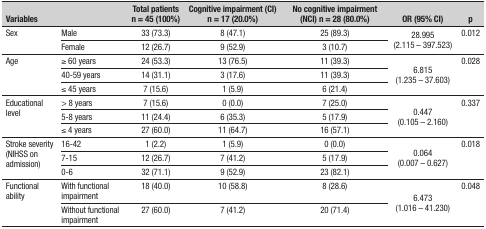
<table><thead><tr><td colspan="2"><b>Variables</b></td><td><b>Total patientsn = 45 (100%)</b></td><td><b>Cognitive impairment (CI)n = 17 (20.0%)</b></td><td><b>No cognitive impairment (NCI) n = 28 (80.0%)</b></td><td><b>OR (95% CI)</b></td><td><b>p</b></td></tr></thead><tbody><tr><td rowspan="2">Sex</td><td>Male</td><td>33 (73.3)</td><td>8 (47.1)</td><td>25 (89.3)</td><td rowspan="2">28.995 (2.115 - 397.523)</td><td rowspan="2">0.012</td></tr><tr><td>Female</td><td>12 (26.7)</td><td>9 (52.9)</td><td>3 (10.7)</td></tr><tr><td rowspan="3">Age</td><td>≥ 60 years</td><td>24 (53.3)</td><td>13 (76.5)</td><td>11 (39.3)</td><td rowspan="3">6.815 (1.235 - 37.603)</td><td rowspan="3">0.028</td></tr><tr><td>40-59 years</td><td>14 (31.1)</td><td>3 (17.6)</td><td>11 (39.3)</td></tr><tr><td>≤ 45 years</td><td>7 (15.6)</td><td>1 (5.9)</td><td>6 (21.4)</td></tr><tr><td rowspan="3">Educationallevel</td><td>&gt; 8 years</td><td>7 (15.6)</td><td>0 (0.0)</td><td>7 (25.0)</td><td rowspan="3">0.447 (0.105 - 2.160)</td><td rowspan="3">0.337</td></tr><tr><td>5-8 years</td><td>11 (24.4)</td><td>6 (35.3)</td><td>5 (17.9)</td></tr><tr><td>≤ 4 years</td><td>27 (60.0)</td><td>11 (64.7)</td><td>16 (57.1)</td></tr><tr><td rowspan="3">Stroke severity (NIHSS onadmission)</td><td>16-42</td><td>1 (2.2)</td><td>1 (5.9)</td><td>0 (0.0)</td><td rowspan="3">0.064 (0.007 - 0.627)</td><td rowspan="3">0.018</td></tr><tr><td>7-15</td><td>12 (26.7)</td><td>7 (41.2)</td><td>5 (17.9)</td></tr><tr><td>0-6</td><td>32 (71.1)</td><td>9 (52.9)</td><td>23 (82.1)</td></tr><tr><td rowspan="2">Functionalability</td><td>With functional impairment</td><td>18 (40.0)</td><td>10 (58.8)</td><td>8 (28.6)</td><td rowspan="2">6.473 (1.016 - 41.230)</td><td rowspan="2">0.048</td></tr><tr><td>Without functional impairment</td><td>27 (60.0)</td><td>7 (41.2)</td><td>20 (71.4)</td></tr></tbody></table>